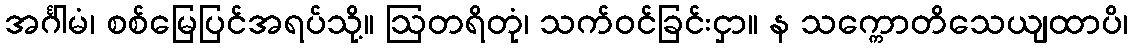
အင်္ဂါမံ၊ စစ်မြေပြင်အရပ်သို့။ ဩတရိတုံ၊ သက်ဝင်ခြင်းငှာ။ န သက္ကောတိသေယျထာပိ၊